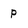
Character: p